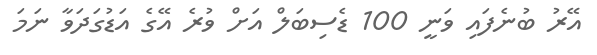
އޭރު ބުނެފައި ވަނީ 100 ޑެސިބަލް އަށް ވުރެ އޭގެ އަޑުގަދަވާ ނަމަ